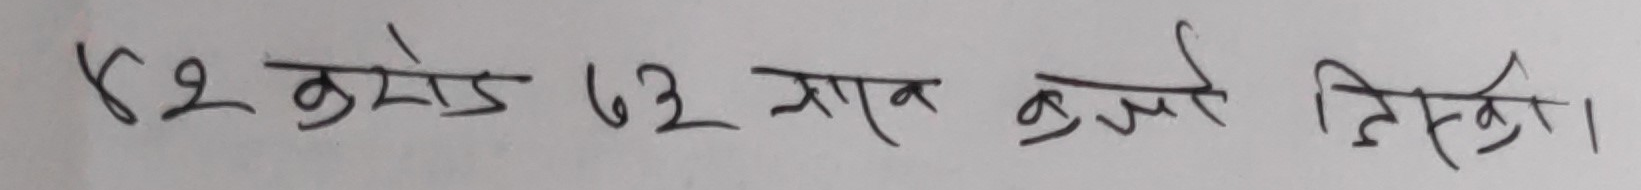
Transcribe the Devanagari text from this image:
४२ करोड ६२ लाख रुपये लिखो।